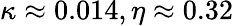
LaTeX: \kappa\approx 0.014,\eta\approx 0.32